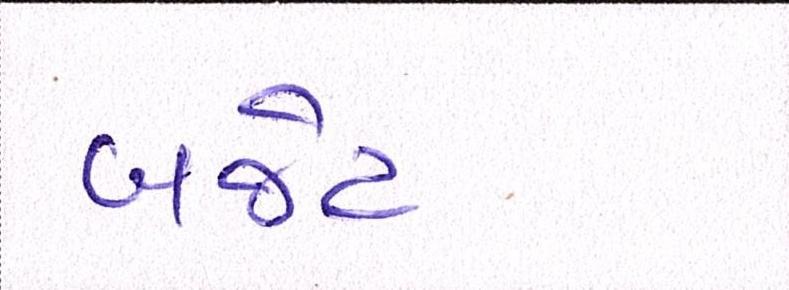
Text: બજેટ